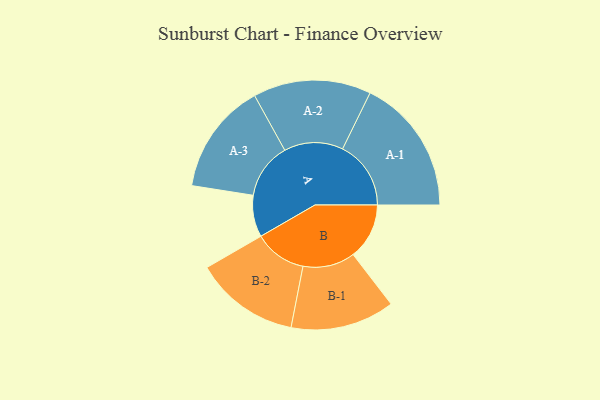
{"axis": {"x": "Segment", "y": "Value"}, "legend": ["", "A", "B"], "data": [{"x": "A", "y": 133, "type": ""}, {"x": "B", "y": 179, "type": ""}, {"x": "A-1", "y": 218, "type": "A"}, {"x": "A-2", "y": 188, "type": "A"}, {"x": "A-3", "y": 178, "type": "A"}, {"x": "B-1", "y": 166, "type": "B"}, {"x": "B-2", "y": 167, "type": "B"}]}